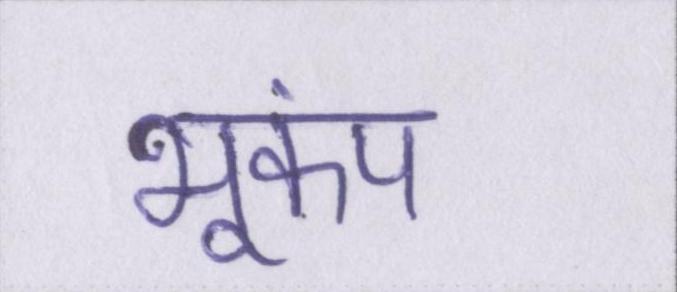
भूकंप